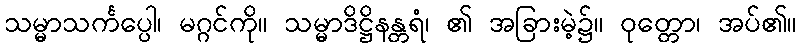
သမ္မာသင်္ကပ္ပေါ၊ မဂ္ဂင်ကို။ သမ္မာဒိဋ္ဌိနန္တရံ၊ ၏ အခြားမဲ့၌။ ဝုတ္တော၊ အပ်၏။